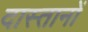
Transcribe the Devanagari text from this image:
दास्तानों